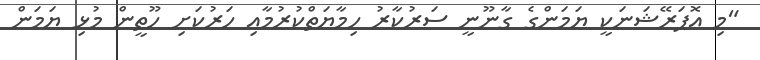
"މި އޮޕަރޭޝަނަކީ ޔަމަންގެ ގާނޫނީ ސަރުކާރު ހިމާޔަތްކުރުމާއި ހަރުކަށި ހޫތީން މުޅި ޔަމަން